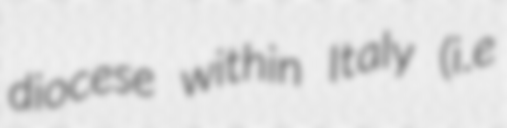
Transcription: diocese within Italy (i.e